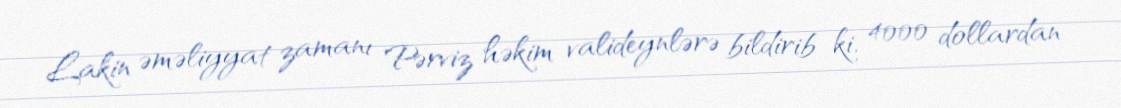
Lakin əməliyyat zamanı Pərviz həkim valideynlərə bildirib ki, 4000 dollardan